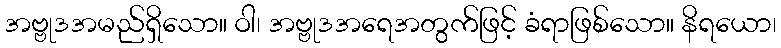
အဗ္ဗုဒအမည်ရှိသော။ ဝါ၊ အဗ္ဗုဒအရေအတွက်ဖြင့် ခံရာဖြစ်သော။ နိရယော၊